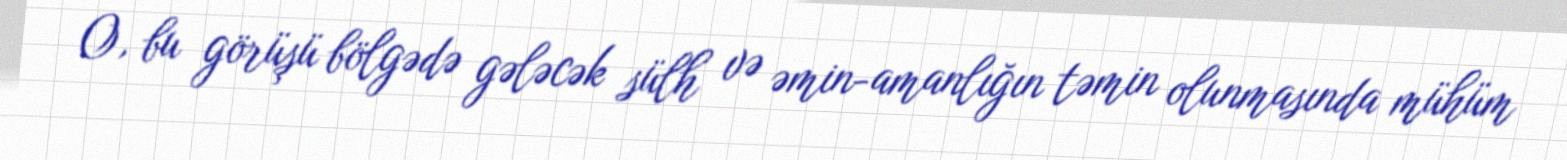
O, bu görüşü bölgədə gələcək sülh və əmin-amanlığın təmin olunmasında mühüm